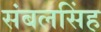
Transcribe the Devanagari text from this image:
संबलसिंह